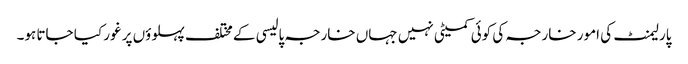
پارلیمنٹ کی امور خارجہ کی کوئی کمیٹی نہیں جہاں خارجہ پالیسی کے مختلف پہلوؤں پر غور کیا جاتا ہو۔